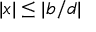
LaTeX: | x | \leq | b / d |